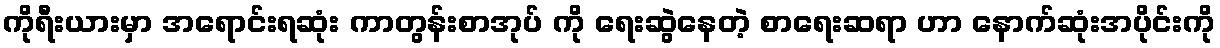
ကိုရီးယားမှာ အရောင်းရဆုံး ကာတွန်းစာအုပ် ကို ရေးဆွဲနေတဲ့ စာရေးဆရာ ဟာ နောက်ဆုံးအပိုင်းကို